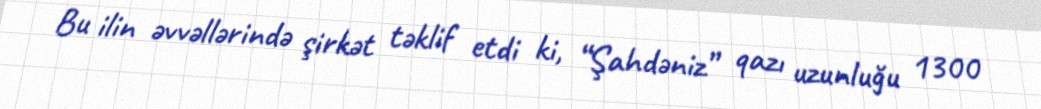
Bu ilin əvvəllərində şirkət təklif etdi ki, “Şahdəniz” qazı uzunluğu 1300